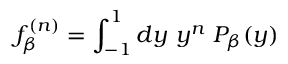
f _ { \beta } ^ { ( n ) } = \int _ { - 1 } ^ { 1 } d y \ y ^ { n } \ P _ { \beta } ( y )